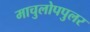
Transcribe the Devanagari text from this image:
माचुलोपपुलर